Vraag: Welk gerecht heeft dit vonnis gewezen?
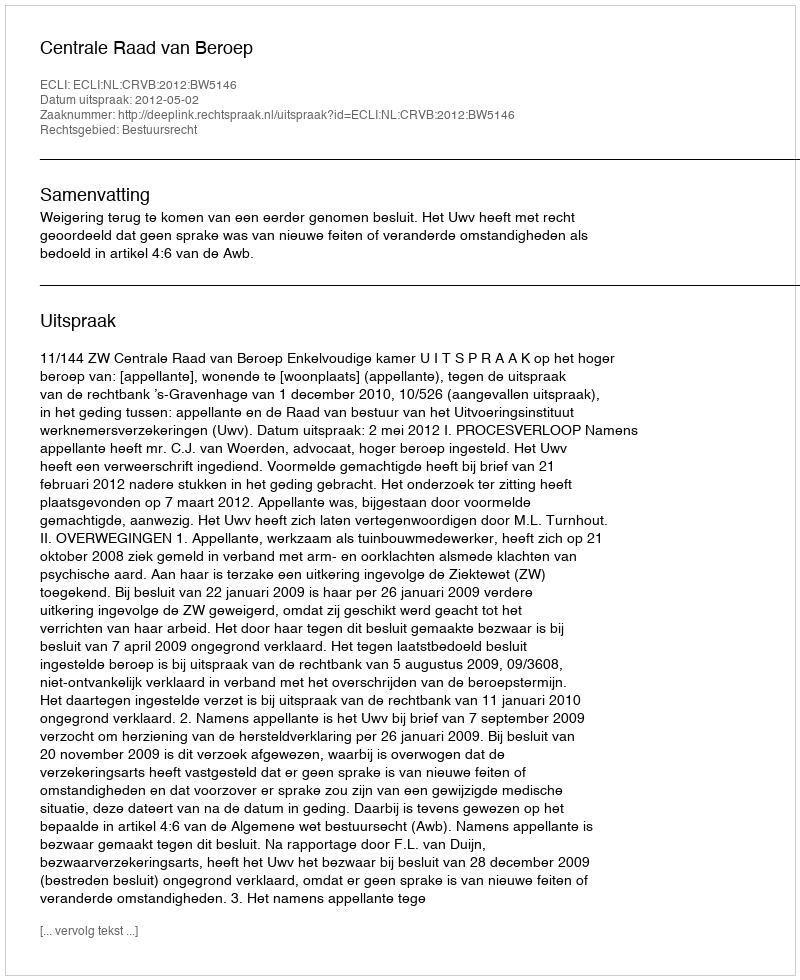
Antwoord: Centrale Raad van Beroep